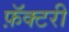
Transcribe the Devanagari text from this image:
फ़ॅक्टरी